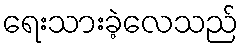
ရေးသားခဲ့လေသည်